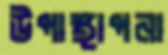
উপাস্থাপনা